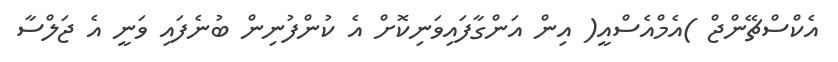
އެކްސްޗޭންޖް )އެމްއެސްއީ( އިން އަންގާފައިވަނިކޮށް އެ ކުންފުނިން ބުނެފައި ވަނީ އެ ޖަލްސާ